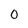
Character: 0